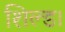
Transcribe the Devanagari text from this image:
शिल्ड।